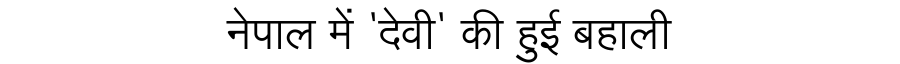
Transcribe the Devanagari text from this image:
नेपाल में 'देवी' की हुई बहाली